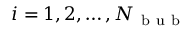
i = 1 , 2 , \dots , N _ { \mathrm { ~ b ~ u ~ b ~ } }